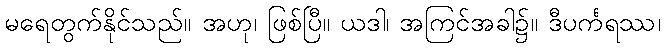
မရေတွက်နိုင်သည်။ အဟု၊ ဖြစ်ပြီ။ ယဒါ၊ အကြင်အခါ၌။ ဒီပင်္ကရဿ၊